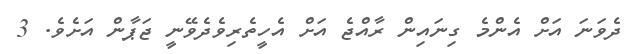
ދެވަނަ އަށް އެންމެ ގިނައިން ރާއްޖެ އަށް އެހީތެރިވެދެވޭނީ ޖަޕާން އަށެެވެ. 3